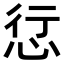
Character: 𢙡